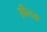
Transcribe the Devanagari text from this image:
फ्रीउड